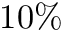
1 0 \%